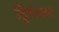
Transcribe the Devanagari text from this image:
द्विमेरुता